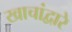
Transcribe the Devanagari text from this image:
खाचांद्वारे